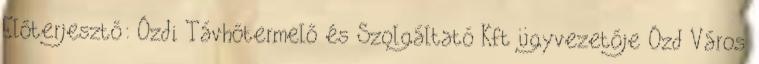
Előterjesztő: Ózdi Távhőtermelő és Szolgáltató Kft ügyvezetője Ózd Város